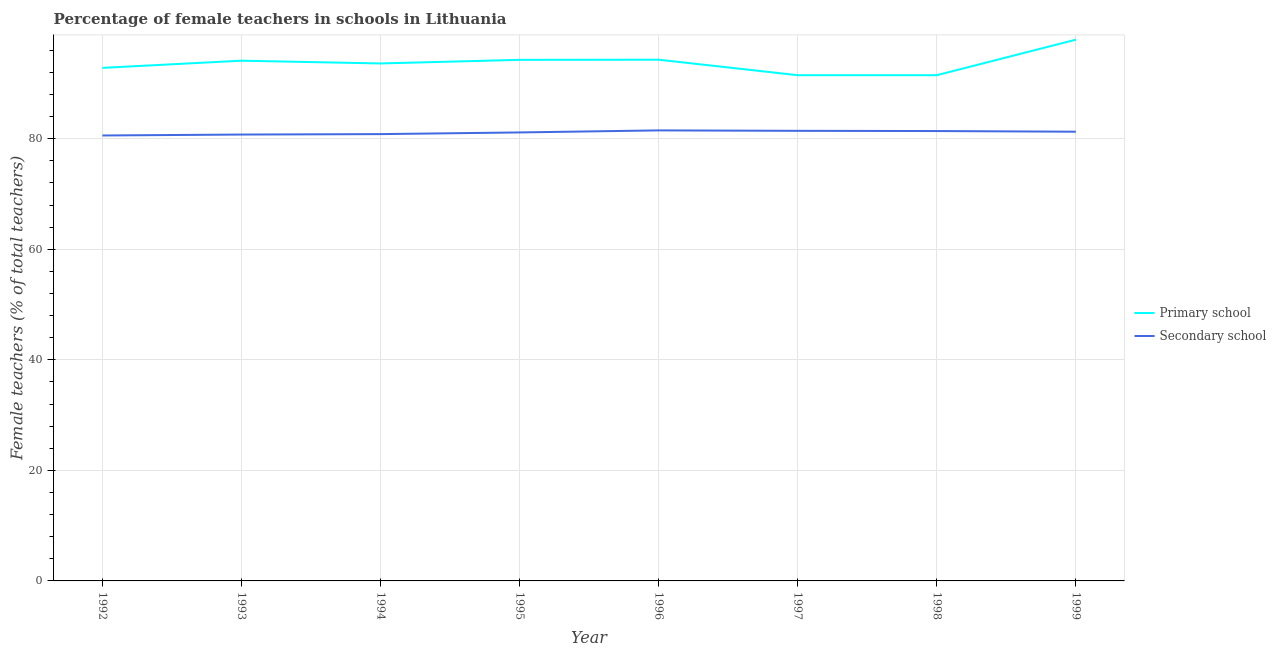
| Year | Primary school | Secondary school |
 | --- | --- | --- |
 | 1992 | 92.8 | 80.6 |
 | 1993 | 94.1 | 80.8 |
 | 1994 | 93.6 | 80.8 |
 | 1995 | 94.3 | 81.1 |
 | 1996 | 94.3 | 81.5 |
 | 1997 | 91.5 | 81.4 |
 | 1998 | 91.5 | 81.4 |
 | 1999 | 97.9 | 81.3 |